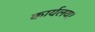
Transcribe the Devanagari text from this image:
कार्यलय।